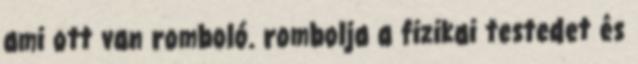
ami ott van romboló. rombolja a fizikai testedet és